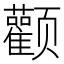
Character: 颧